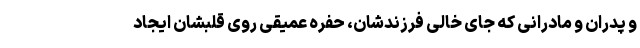
و پدران و مادرانی که جای خالی فرزندشان، حفره عمیقی روی قلبشان ایجاد